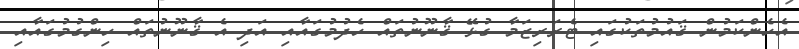
އެހެންކަމުން ޤައުމުތަކުގައި ޓެރަރިޒަމާ ގުޅޭ ޤާނޫނުތައް ހެދުމުގައާއި އަދި އެ ޤާނޫނުތައް ހިންގުމުގައާއި